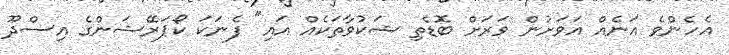
އެހެންވެ އަނެއް އަވަށުން ވަރަށް ބޮޑެތި ޝަކުވާތަކެއް އައި" ފެނަކަ ކޯޕަރޭޝަންގެ އިސްދޫ